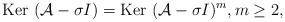
LaTeX: \begin{align*} \mbox{Ker} \ ({\cal A}-\sigma I)=\mbox{Ker} \ ({\cal A}-\sigma I)^m, m\geq 2, \end{align*}